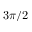
3 \pi / 2